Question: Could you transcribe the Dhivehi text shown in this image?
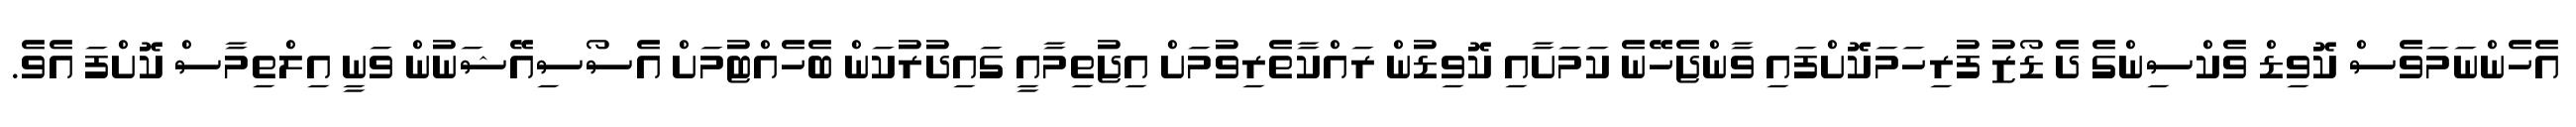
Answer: އެހެންނަމަވެސް ކޮވިޑް ވެކްސިންގެ ދެ ޑޯޒު ފުރިހަމަކޮށްފައި ވާންޖެހޭނެ ކަމަށާއި ކޮވިޑުން ރައްކާތެރިވުމަށް އިޖުތިމާއީ ގައިދުރުކަން ބެހެއްޓުމަށް އެސޯސިއޭޝަނުން ވަނީ އިލްތިމާސް ކޮށްފަ އެވެ.